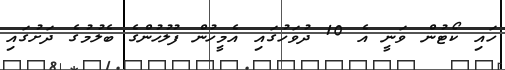
ހައި ކޯޓުން ވަނީ އެ 10 ދުވަހުގައި އެމީހުން ފުލުހުންގެ ބެލުމުގެ ދަށުގައި